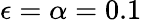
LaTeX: \epsilon=\alpha=0.1